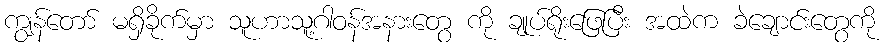
ကျွန်တော် မရှိခိုက်မှာ သူဟာသူ့ဂါဝန်အနားတွေ ကို ချုပ်ရိုးဖြေပြီး အထဲက ခဲချောင်းတွေကို